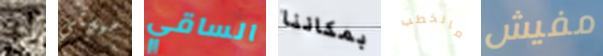
لو ميستي الساقي بمكاننا مالخطب مفيش